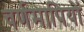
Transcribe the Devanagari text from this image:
वर्णमापियों